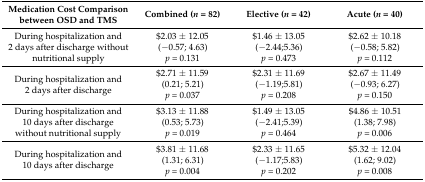
| Medication Cost Comparison between OSD and TMS | Combined (n = 82) | Elective (n = 42) | Acute (n = 40) |
 | --- | --- | --- | --- |
 | During hospitalization and 2 days after discharge without nutritional supply | $2.03 ± 12.05(−0.57; 4.63)p = 0.131 | $1.46 ± 13.05(−2.44;5.36)p = 0.473 | $2.62 ± 10.18(−0.58; 5.82)p = 0.112 |
 | During hospitalization and 2 days after discharge | $2.71 ± 11.59(0.21; 5.21)p = 0.037 | $2.31 ± 11.69(−1.19;5.81)p = 0.208 | $2.67 ± 11.49(−0.93; 6.27)p = 0.150 |
 | During hospitalization and 10 days after discharge without nutritional supply | $3.13 ± 11.88(0.53; 5.73)p = 0.019 | $1.49 ± 13.05(−2.41;5.39)p = 0.464 | $4.86 ± 10.51(1.38; 7.98)p = 0.006 |
 | During hospitalization and 10 days after discharge | $3.81 ± 11.68(1.31; 6.31)p = 0.004 | $2.33 ± 11.65(−1.17;5.83)p = 0.202 | $5.32 ± 12.04(1.62; 9.02)p = 0.008 |